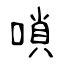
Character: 嗩